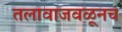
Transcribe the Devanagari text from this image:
तलावाजवळूनच